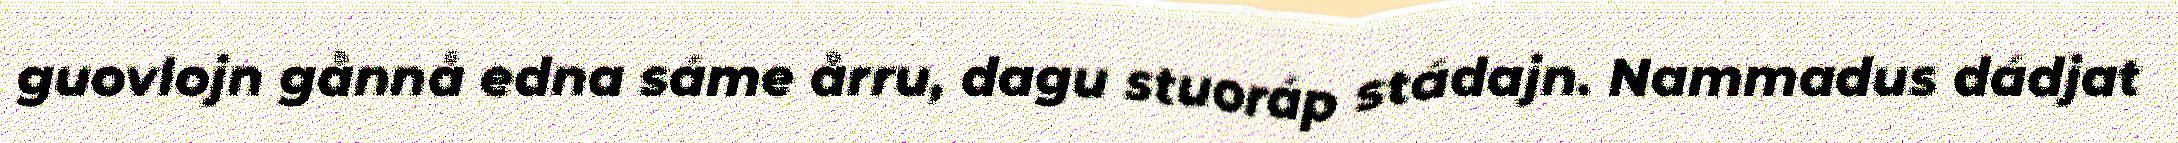
guovlojn gånnå edna sáme årru, dagu stuoráp stádajn. Nammadus dádjat